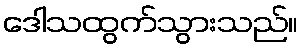
ဒေါသထွက်သွားသည်။